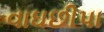
વાઘછીપા